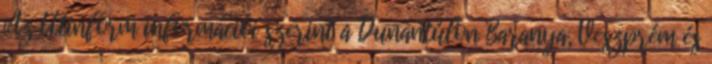
Az Útinform információi szerint a Dunántúlon Baranya, Veszprém és